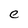
Character: e